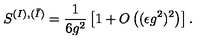
S ^ { ( I ) , ( \bar { I } ) } = \frac { 1 } { 6 g ^ { 2 } } \left[ 1 + O \left( ( \epsilon g ^ { 2 } ) ^ { 2 } \right) \right] .